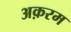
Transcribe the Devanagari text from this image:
अक़रम